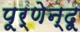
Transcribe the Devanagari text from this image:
पूर्णेन्दू